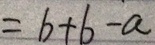
= b + b - a